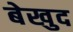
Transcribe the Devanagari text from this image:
बेखुद